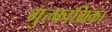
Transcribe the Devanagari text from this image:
गुल्फाग्रिका